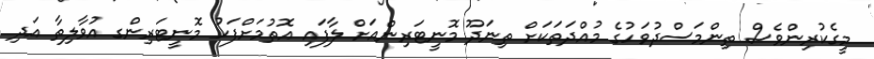
މީގެކުރިންވެސް ތިންމަސްދުވަހުގެ މުއްދަތަކަށް ތިނަދޫ މޮނީޓަރިންއަށް ލާފައި އޮތުމަށްފަހު މޮނީޓަރިންގ އުވާލިތާ އަދި